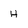
Character: H